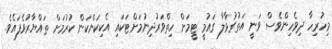
މިހުރިހާ ދިވެހިންވެސް ވަނީ އަތުގުޅާލާ ގައުމީ ޓީމަށް ހިތްވަރުދިނުމަށްޓަކައި އެކިކަންކަން ކުރުމަށް ތައްޔާރުވެފައެވެ.